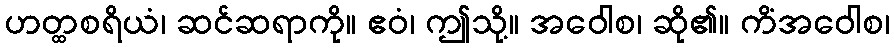
ဟတ္ထစရိယံ၊ ဆင်ဆရာကို။ ဧဝံ၊ ဤသို့။ အဝေါစ၊ ဆို၏။ ကိံအဝေါစ၊